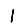
Digit: 1